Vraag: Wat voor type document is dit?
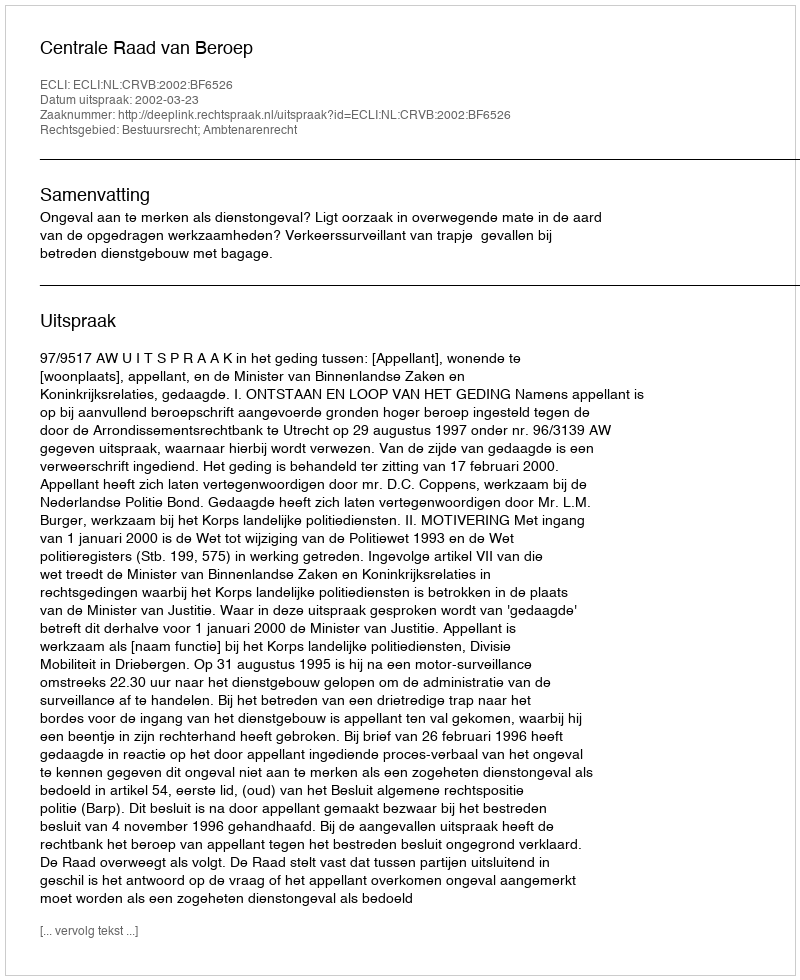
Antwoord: Uitspraak